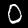
Digit: 0